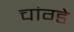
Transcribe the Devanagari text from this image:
चांग्डे